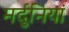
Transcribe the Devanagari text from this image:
मर्दुनियां